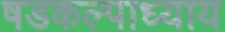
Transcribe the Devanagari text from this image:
षडकल्पाध्याय